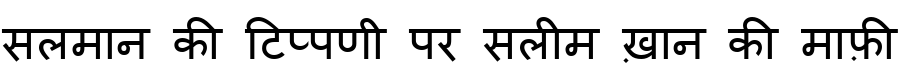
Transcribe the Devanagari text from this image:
सलमान की टिप्पणी पर सलीम ख़ान की माफ़ी